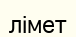
лімет